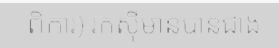
ពិការ) រកស៊ីមានបានជាង